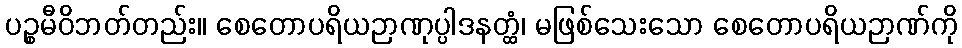
ပဉ္စမီဝိဘတ်တည်း။ စေတောပရိယဉာဏုပ္ပါဒနတ္ထံ၊ မဖြစ်သေးသော စေတောပရိယဉာဏ်ကို